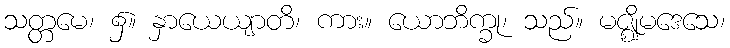
သတ္တမေ၊ ၌။ နှာယေယျာတိ၊ ကား။ ယောဘိက္ခု၊ သည်။ မဇ္ဈိမဒေသေ၊